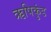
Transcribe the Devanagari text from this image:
ऋषिकुंड